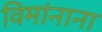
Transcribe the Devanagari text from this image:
विमांनाना